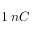
1 \; n C